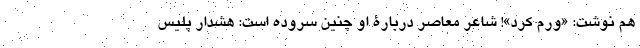
هم نوشت: «ورم کرد»! شاعر معاصر دربارۀ او چنین سروده است: هشدار پلیس